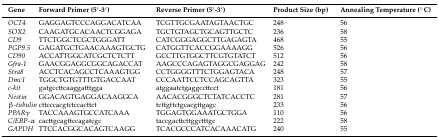
<table><thead><tr><td><b>Gene</b></td><td><b>Forward Primer (5′-3′)</b></td><td><b>Reverse Primer (5′-3′)</b></td><td><b>Product Size (bp)</b></td><td><b>Annealing Temperature (°C)</b></td></tr></thead><tbody><tr><td><i>OCT4</i></td><td>GAGGAGTCCCAGGACATCAA</td><td>TCGTTGCGAATAGTAACTGC</td><td>248</td><td>56</td></tr><tr><td><i>SOX2</i></td><td>CAAGATGCACAACTCGGAGA</td><td>TGCTGTAGCTGCAGTTGCTC</td><td>236</td><td>58</td></tr><tr><td><i>CD9</i></td><td>TTCTGGCTCGCTGGGATT</td><td>CATCGGGAGGCTTGAGAGTA</td><td>468</td><td>55</td></tr><tr><td><i>PGP9.5</i></td><td>GAGATGCTGAACAAAGTGCTG</td><td>CATGGTTCACCGGAAAAGG</td><td>526</td><td>56</td></tr><tr><td><i>CD90</i></td><td>ACCATTGGCATCGCTCTCTT</td><td>GCCTTGTGGCTTCGTGTATCT</td><td>512</td><td>56</td></tr><tr><td><i>Gfra-1</i></td><td>GAACGGAGGCGGCAGACCAT</td><td>AAGCCCAGAGTAGGCGAGGAG</td><td>242</td><td>58</td></tr><tr><td><i>Stra8</i></td><td>ACCTCACAGCCTCAAAGTGG</td><td>CCTGGGGTTTCTGGAGTACA</td><td>248</td><td>57</td></tr><tr><td><i>Dmc1</i></td><td>TGGCTGTGTTTGTGACCAAT</td><td>CCCAATTCCTCCAGCAGTTA</td><td>323</td><td>55</td></tr><tr><td><i>c-kit</i></td><td>gatgccttcaaggatttgga</td><td>atggaatctgaggccttcct</td><td>181</td><td>56</td></tr><tr><td><i>Nestin</i></td><td>GGACAGTGAGGACAAGGCA</td><td>AACACGGGCTCTATCACCTC</td><td>281</td><td>57</td></tr><tr><td><i>β-tubulin</i></td><td>cttcccacgtctccacttct</td><td>tcttgttctgcacgttgagc</td><td>233</td><td>56</td></tr><tr><td><i>PPARγ</i></td><td>TACCAAAGTGCCATCAAA</td><td>TGGAGTGGAAATGCTGGA</td><td>110</td><td>56</td></tr><tr><td><i>C/EBP-α</i></td><td>cacttgcagttccagatcgc</td><td>taccgacttcttggctttgc</td><td>222</td><td>58</td></tr><tr><td><i>GAPDH</i></td><td>TTCCACGGCACAGTCAAGG</td><td>TCACGCCCATCACAAACATG</td><td>240</td><td>55</td></tr></tbody></table>